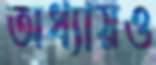
অধ্যায়ও